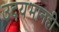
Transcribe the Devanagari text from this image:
उदयभानही